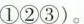
①②③)。